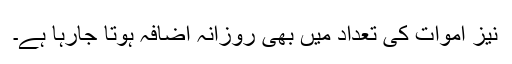
نیز اموات کی تعداد میں بھی روزانہ اضافہ ہوتا جارہا ہے۔